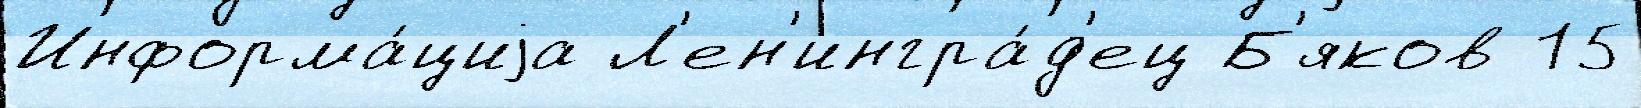
Информа́циjа Л'ен'ингра́д'ец Б'яков 15